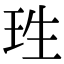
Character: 珄